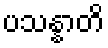
ပသန္နာတိ